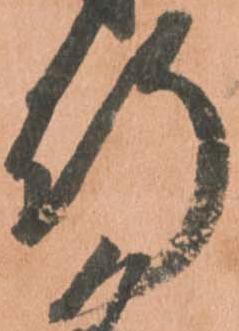
行